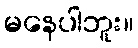
မနေပါဘူး။